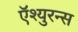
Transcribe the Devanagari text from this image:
ऍश्युरन्स